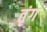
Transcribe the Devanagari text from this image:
तृंग